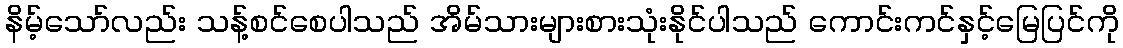
နိမ့်သော်လည်း သန့်စင်စေပါသည် အိမ်သားများစားသုံးနိုင်ပါသည် ကောင်းကင်နှင့်မြေပြင်ကို